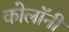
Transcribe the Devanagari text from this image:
कोलॉनी